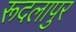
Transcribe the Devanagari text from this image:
रूदलापुर